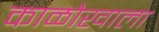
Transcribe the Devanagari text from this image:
काळोखाला